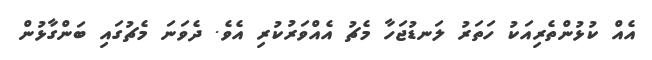
އެއް ކުޅުންތެރިއަކު ހަތަރު ލަނޑުޖަހާ މެޗު އެއްވަރުކުރި އެވެ. ދެވަނަ މެޗުގައި ބަންގާޅުން